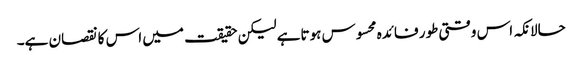
حالانکہ اس وقتی طور فائدہ محسوس ہوتاہے لیکن حقیقت میں اس کا نقصان ہے۔